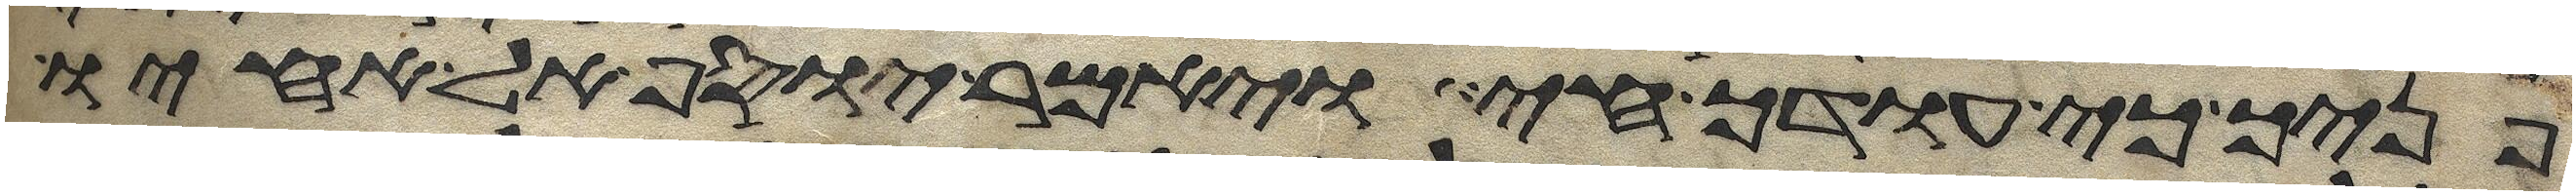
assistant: פניך כי עודך חי ויאמר יוסף אל אחיו